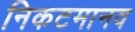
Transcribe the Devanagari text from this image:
निकटमानव